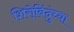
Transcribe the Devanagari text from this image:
शिरोबिंदुंच्या